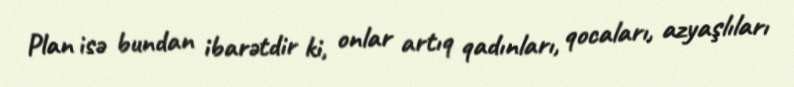
Plan isə bundan ibarətdir ki, onlar artıq qadınları, qocaları, azyaşlıları